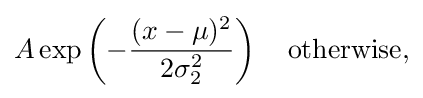
A\exp \left(-{\frac {(x-\mu )^{2}}{2\sigma _{2}^{2}}}\right)\quad {\text{otherwise,}}